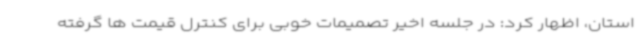
استان، اظهار کرد: در جلسه اخیر تصمیمات خوبی برای کنترل قیمت ها گرفته